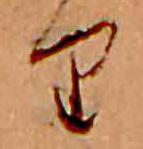
り